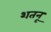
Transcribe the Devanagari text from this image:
शतनू